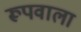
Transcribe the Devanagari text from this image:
रूपवाला